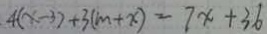
4 ( x - 3 ) + 3 ( m + x ) = 7 x + 3 6